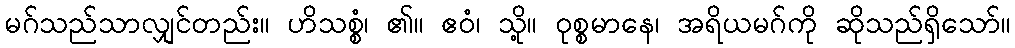
မဂ်သည်သာလျှင်တည်း။ ဟိသစ္စံ၊ ၏။ ဧဝံ၊ သို့။ ဝုစ္စမာနေ၊ အရိယမဂ်ကို ဆိုသည်ရှိသော်။